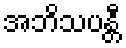
အဘိသပန္တီ